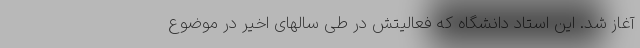
آغاز شد. این استاد دانشگاه که فعالیتش در طی سالهای اخیر در موضوع